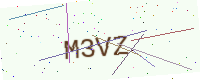
Text: M3VZ